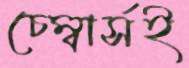
চেম্বার্সই